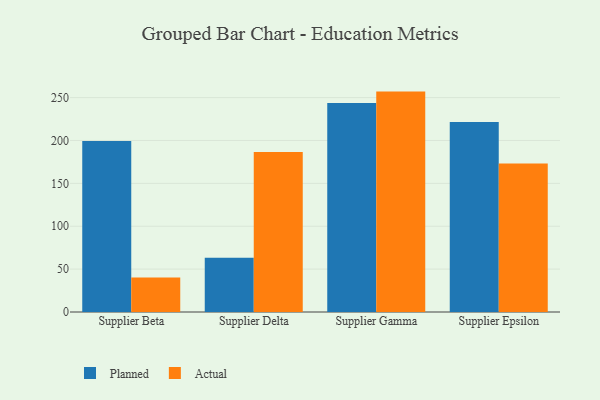
{"axis": {"x": "Supplier", "y": "Satisfaction Score"}, "legend": ["Actual", "Planned"], "data": [{"x": "Supplier Beta", "y": 199.5, "type": "Planned"}, {"x": "Supplier Beta", "y": 40.3, "type": "Actual"}, {"x": "Supplier Delta", "y": 63.2, "type": "Planned"}, {"x": "Supplier Delta", "y": 186.5, "type": "Actual"}, {"x": "Supplier Gamma", "y": 243.6, "type": "Planned"}, {"x": "Supplier Gamma", "y": 257.0, "type": "Actual"}, {"x": "Supplier Epsilon", "y": 221.6, "type": "Planned"}, {"x": "Supplier Epsilon", "y": 173.2, "type": "Actual"}]}